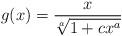
LaTeX: \begin{align*}g(x)=\dfrac{x}{\sqrt[a]{1+c x^a}}\end{align*}